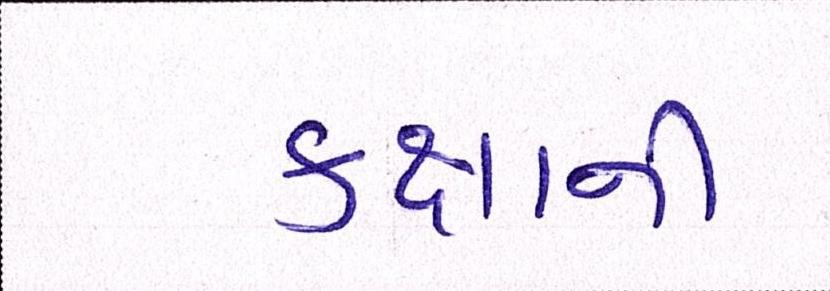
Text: કક્ષાની